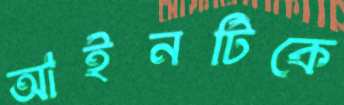
আইনটিকে